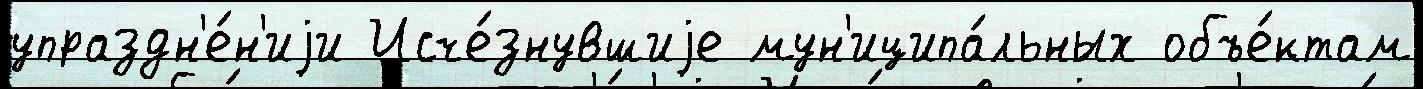
упраздн'е́н'иjи Исче́знувшиjе мун'иципа́льных объе́ктам